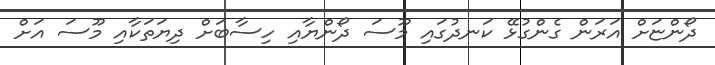
ދޯންޏަށް އަރަން ގެންގުޅޭ ކަނދުގައި މޫސަ ދޯންޔާއި ހިސާބަށް ދިޔަތަކާއި މޫސަ އަށް